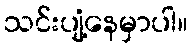
သင်းပျံ့နေမှာပါ။